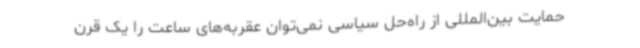
حمایت بین‌المللی از راه‌حل سیاسی نمی‌توان عقربه‌های ساعت را یک قرن